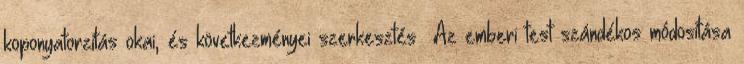
koponyatorzítás okai, és következményei szerkesztés Az emberi test szándékos módosítása